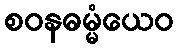
စဝနဓမ္မံယေဝ